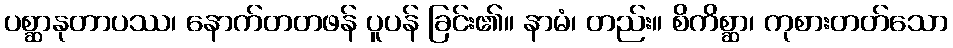
ပစ္ဆာနုတာပဿ၊ နောက်တတဖန် ပူပန် ခြင်း၏။ နာမံ၊ တည်း။ စိကိစ္ဆာ၊ ကုစားတတ်သော